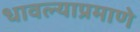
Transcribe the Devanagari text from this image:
धावल्याप्रमाणे